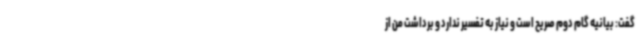
گفت: بیانیه گام دوم صریح است و نیاز به تفسیر ندارد و برداشت من از